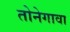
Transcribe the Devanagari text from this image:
तोनेगावा